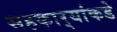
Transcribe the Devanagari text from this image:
सहकार्‍यांकडे